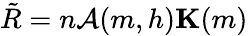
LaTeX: \tilde{R}=n\mathcal{A}(m,h)\mathbf{K}(m)